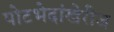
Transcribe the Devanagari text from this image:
पोटभेदांखेरीज